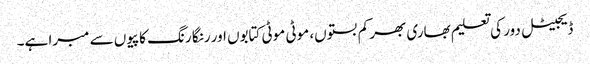
ڈیجیٹل دور کی تعلیم بھاری بھر کم بستوں، موٹی موٹی کتابوں اور رنگا رنگ کاپیوں سے مبرا ہے۔